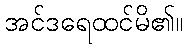
အင်ဒရေထင်မိ၏။